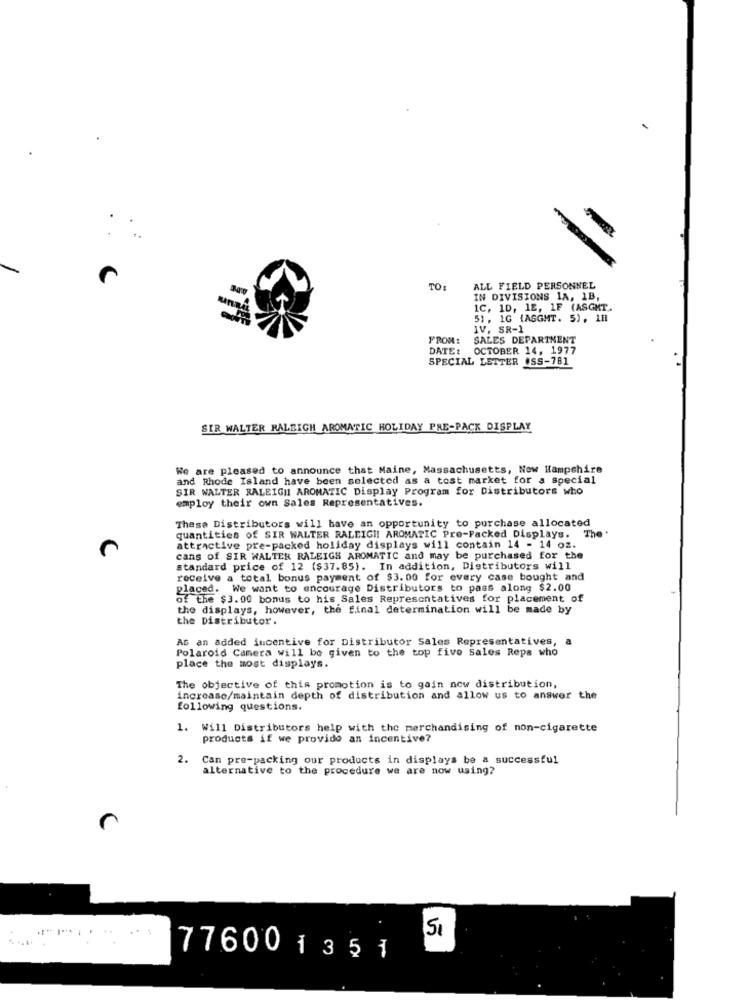
:
TO:
ALL FIELD PERSONNEL
IN DIVISIONS 1A, 1B,
IC, 10, 1E, IF (ASGMT.
51, 1G {ASGMT. 5), 11
IV, SR-1
FROM:
SALES DEPARTMENT
DATE:
OCTOBER 14, 1977
SPECIAL LETTER .SS-781
SIR WALTER RALEIGH AROMATIC HOLIDAY PRE-PACK DISPLAY
We are pleased to announce that Maine, Massachusetts, New Hampshire
and Rhode Island have been selected as a tost market for a Special
SIR WALTER RALEIGH AROMATIC Display Program for Distributors who
employ their own Sales Representatives.
These Distributors will have an opportunity to purchase allocated
quantities of SIR WALTER RALEIGH! AROMATIC Pre-Packed Displays. The
attractive pre-packed holiday displays will contain 14 - 14 oz.
cans of SIR WALTER RALEIGH AROMATIC and may be purchased for the
standard price of 12 ($37.85). In addition, Distributors will
receive a total bonus payment of $3. 00 for every case bought and
placed. We want to encourage Distributors to pass along $2.00
of the $3.00 bonus to his Sales Representatives for placement of
the displays, however, the final determination will be made by
the Distributor.
AG an added incentive for Distributor Sales Representatives,
Polaroid Camera will be given to the top five Sales Reps who
place the most displays.
The objective of this promotion is to gain now distribution,
increase/maintain depth of distribution and allow us to answer the
following questions.
1. Will Distributors help with the merchandising of non-cigarette
products if we provide an incentive?
2. Can pre-packing our products in displays be a successful
alternative to the procedure we are now using?
.. .
SI
77600 1351